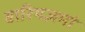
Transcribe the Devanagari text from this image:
वारियज्ञमां